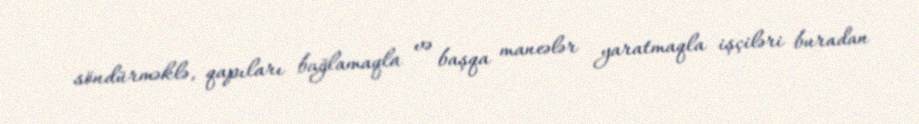
söndürməklə, qapıları bağlamaqla və başqa maneələr yaratmaqla işçiləri buradan